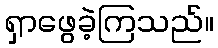
ရှာဖွေခဲ့ကြသည်။